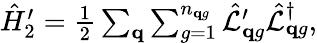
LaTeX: \begin{array}{r}{\hat{H}_{2}^{\prime}=\frac{1}{2}\sum_{\mathbf q}\sum_{g=1}^{n_{\mathbf qg}}\hat{\mathcal L}_{\mathbf{q}g}^{\prime}\hat{\mathcal L}_{\mathbf{q}g}^{\dagger},}\end{array}